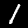
Label: 1